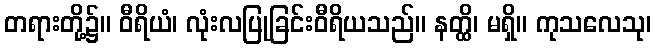
တရားတို့၌။ ဝီရိယံ၊ လုံးလပြုခြင်းဝီရိယသည်။ နတ္ထိ၊ မရှိ။ ကုသလေသု၊